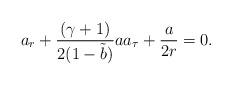
LaTeX: \begin{align*}a_r+\frac{(\gamma+1)}{2(1-\tilde{b})}a a_{\tau}+\frac{a}{2r}=0.\end{align*}